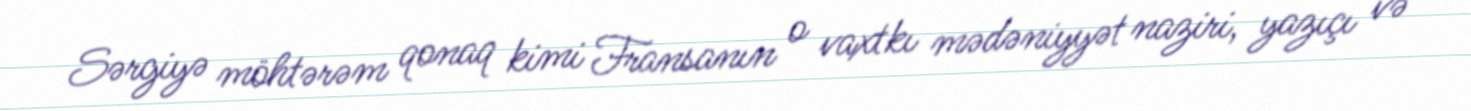
Sərgiyə möhtərəm qonaq kimi Fransanın o vaxtkı mədəniyyət naziri, yazıçı və